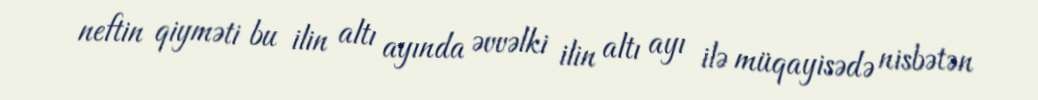
neftin qiyməti bu ilin altı ayında əvvəlki ilin altı ayı ilə müqayisədə nisbətən